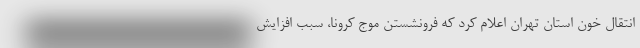
انتقال خون استان تهران اعلام کرد که فرونشستن موج کرونا، سبب افزایش